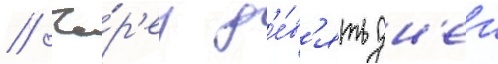
// Че́р'ез д'е́в'ять дн'еи